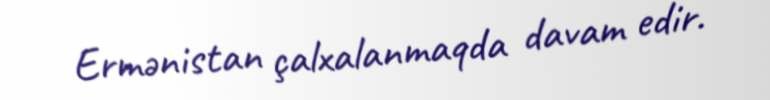
Ermənistan çalxalanmaqda davam edir.